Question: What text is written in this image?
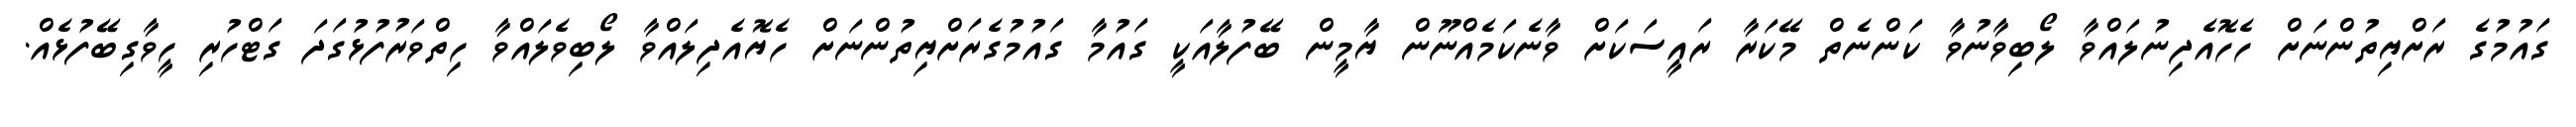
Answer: ގައުމުގެ ރަށްޔިތުންނަށް ހެހޮއެދިނުލައްވާ ލޯބިވާނުވާ ކަންނެތް މޭކަރާ ރައީސަކަށް ވާނެކަމެއްނޫން ޔާމީން ބޭފުލާއަކީ ގައުމާ ގައުމުގެރަށްޔިތުންނަށް ހެޔޮއެދިލައްވާ ލޯބިވެލައްވާ ހިތްވަރުފުޅުގަދަ ގަޓްހުރި ހީވާގިބޭފުޅެއް.